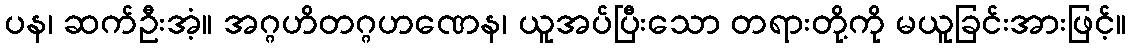
ပန၊ ဆက်ဦးအံ့။ အဂ္ဂဟိတဂ္ဂဟဏေန၊ ယူအပ်ပြီးသော တရားတို့ကို မယူခြင်းအားဖြင့်။